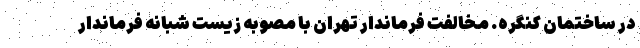
در ساختمان کنگره. مخالفت فرماندار تهران با مصوبه زیست شبانه فرماندار